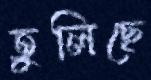
তুলিছে